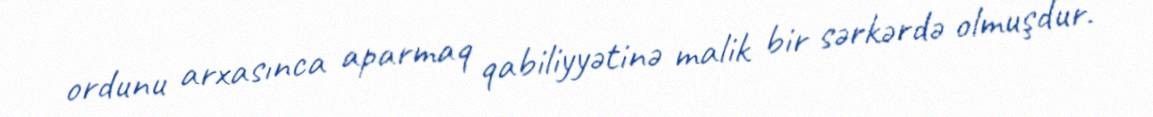
ordunu arxasınca aparmaq qabiliyyətinə malik bir sərkərdə olmuşdur.